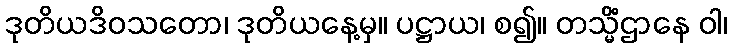
ဒုတိယဒိဝသတော၊ ဒုတိယနေ့မှ။ ပဋ္ဌာယ၊ စ၍။ တသ္မိံဌာနေ ဝါ၊